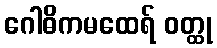
ဂေါဓိကမထေရ် ဝတ္ထု